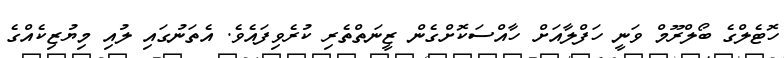
ހޮޓެލްގެ ބޯލްރޫމް ވަނީ ހަފްލާއަށް ހާއްސަކޮށްގެން ޒީނަތްތެރި ކުރެވިފައެވެ. އެތަނުގައި ލުއި މިޔުޒިކެއްގެ